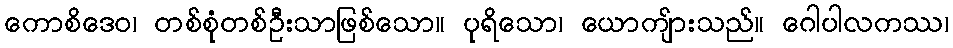
ကောစိဒေဝ၊ တစ်စုံတစ်ဦးသာဖြစ်သော။ ပုရိသော၊ ယောကျ်ားသည်။ ဂေါပါလကဿ၊